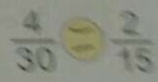
\frac { 4 } { 3 0 } \textcircled { = } \frac { 2 } { 1 5 }